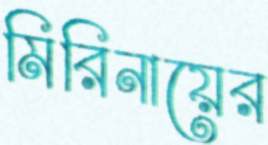
মিরিনায়ের